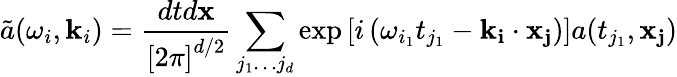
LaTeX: \tilde{a}(\omega_{i},\mathbf{k}_{i})=\frac{dtd\mathbf{x}}{\left[2\pi\right]^{d/2}}\sum_{j_{1}\ldots j_{d}}\exp\left[i\left(\omega_{i_{1}}t_{j_{1}}-\mathbf{k}_{\mathbf{i}}\cdot\mathbf{x}_{\mathbf{j}}\right)\right]a(t_{j_{1}},\mathbf{x}_{\mathbf{j}})